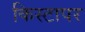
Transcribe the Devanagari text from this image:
किस्टापर